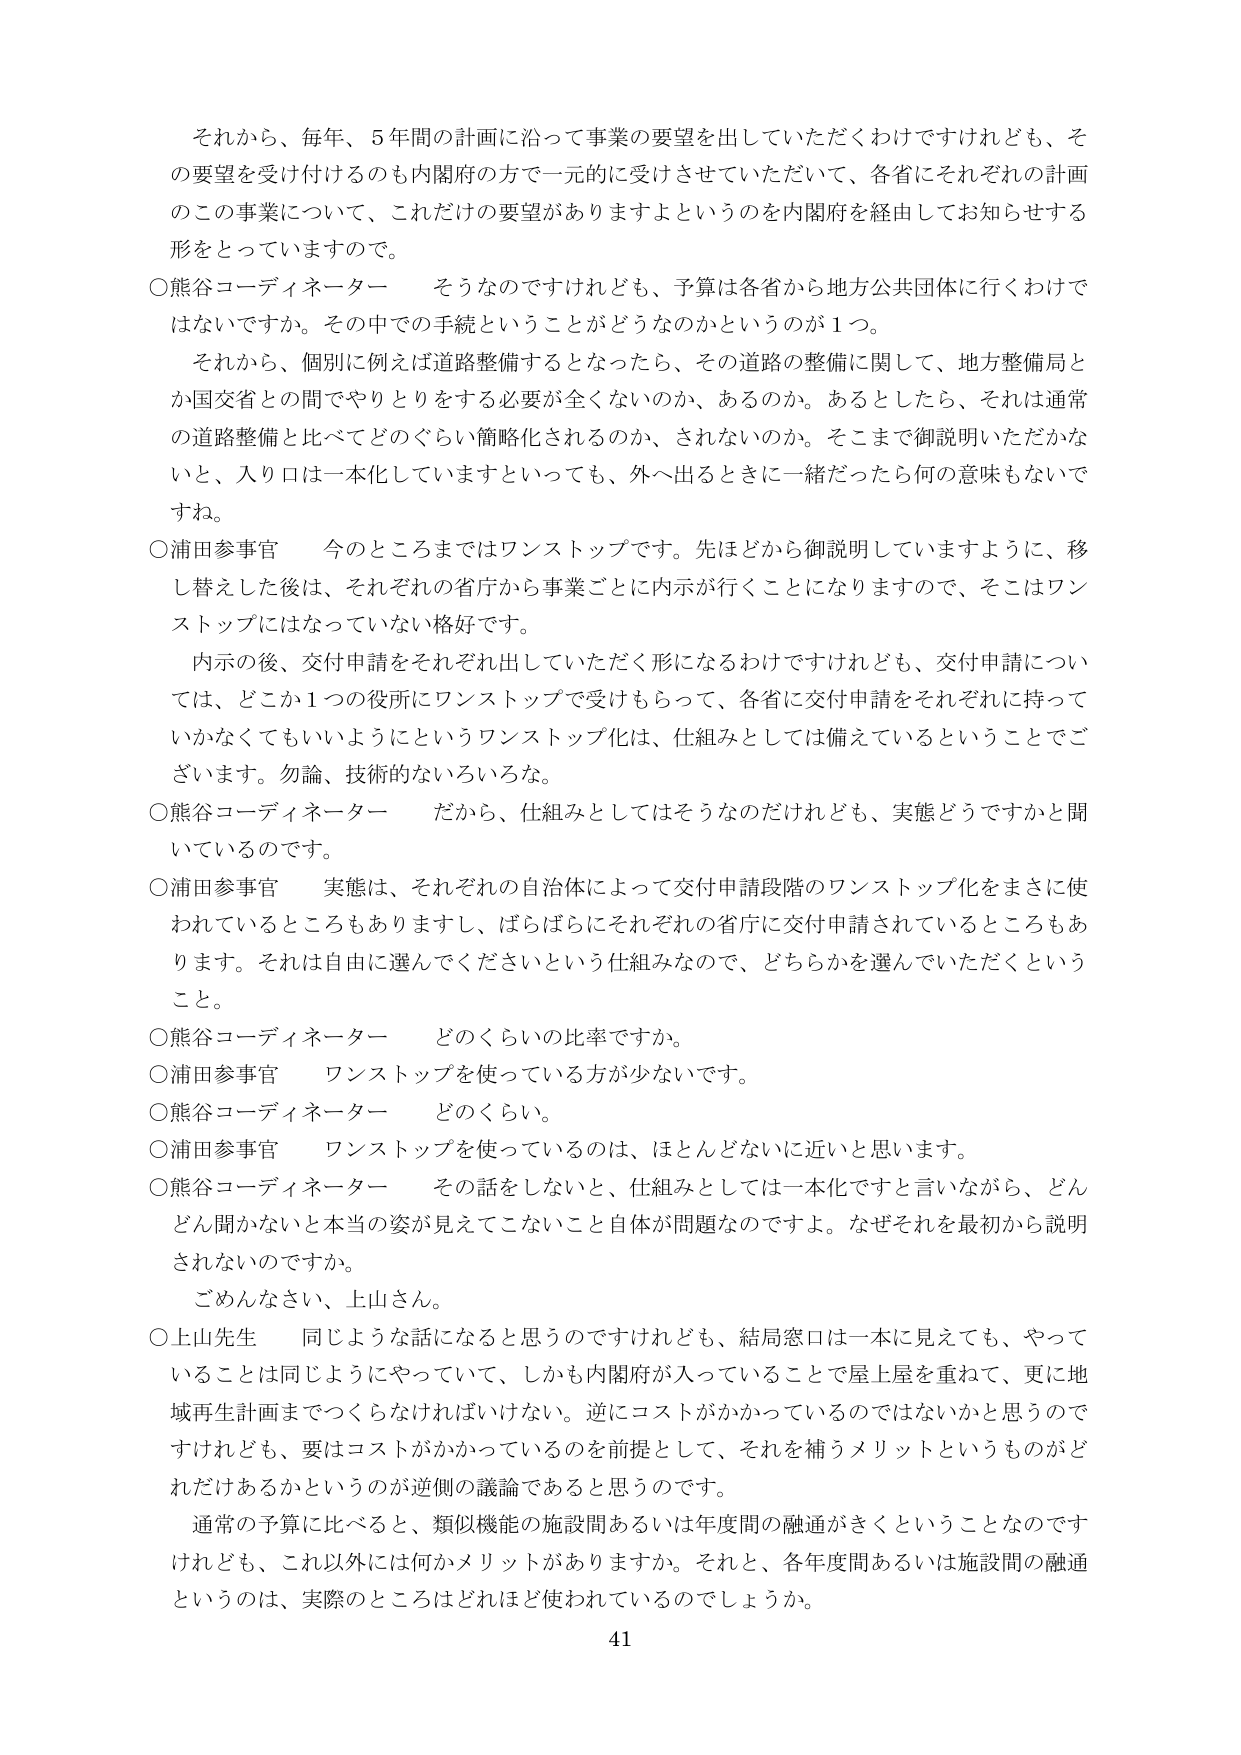
それから、毎年、５年間の計画に沿って事業の要望を出していただくわけですがけれども、その要望を受け付けるのも内閣府の方で一元的に受けさせていただいて、各省にそれぞれの計画のこの事業について、これだけの要望がありますよというのを内閣府を経由してお知らせする形をとっていますので。

○熊谷コーディネーター　そうなのですけれども、予算は各省から地方公共団体に行くわけではないですか。その中での手続ということがどうなのかというのが１つ。

それから、個別に例えば道路整備するとなったら、その道路の整備に関して、地方整備局とか国交省との間でやりとりをする必要が全くないのか、あるのか。あるとしたら、それは通常の道路整備と比べてどのぐらい簡略化されるのか、されないのか。そこまで御説明いただかないと、入り口は一本化していますといっても、外へ出るときに一緒だったら何の意味もないのですね。

○浦田参事官　今のところまではワンストップです。先ほどから御説明していますように、移し替えた後は、それぞれの省庁から事業ごとに内示が行くことになりますので、そこはワンストップにはなっていない格好です。

内示の後、交付申請をそれぞれ出していただく形になるわけですがけれども、交付申請については、どこか１つの役所にワンストップで受けもらって、各省に交付申請をそれぞれに持っていかなくてもいいようにというワンストップ化は、仕組みとしては備えているということでございます。勿論、技術的ないろいろな。

○熊谷コーディネーター　だから、仕組みとしてはそうなのだけれども、実態どうですかと聞いていますのです。

○浦田参事官　実態は、それぞれの自治体によって交付申請段階のワンストップ化をまさに使われているところもありますし、ばらばらにそれぞれの省庁に交付申請されているところもあります。それは自由に選んでくださいという仕組みなので、どちらかを選んでいただくということ。

○熊谷コーディネーター　どのくらいの比率ですか。

○浦田参事官　ワンストップを使っている方が少ないです。

○熊谷コーディネーター　どのくらい。

○浦田参事官　ワンストップを使っているのは、ほとんどないに近いと思います。

○熊谷コーディネーター　その話をしないと、仕組みとしては一本化ですと言いながら、どんどん聞かないと本当の姿が見えてこないこと自体が問題なのですよ。なぜそれを最初から説明されないのですか。

ごめんなさい、上山さん。

○上山先生　同じような話になると思うのですけれども、結局窓口は一本に見えても、やっていることは同じようにやっていて、しかも内閣府が入っていることで屋上屋を重ねて、更に地域再生計画までつくらなければいけない。逆にコストがかかっているのではないかと思うのですけれども、要はコストがかかっているのを前提として、それを補うメリットというものがどれだけあるかというのが逆側の議論であると思うのです。

通常の予算に比べると、類似機能の施設間あるいは年度間の融通がきくということなのですけれども、これ以外には何かメリットがありますか。それと、各年度間あるいは施設間の融通というのは、実際のところはどれほど使われているのでしょうか。

41